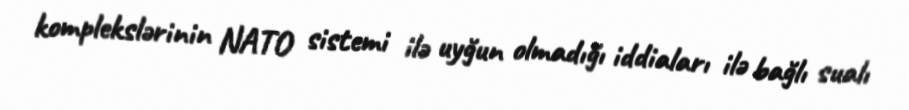
komplekslərinin NATO sistemi ilə uyğun olmadığı iddiaları ilə bağlı sualı